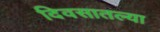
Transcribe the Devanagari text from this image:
दिवसातल्या